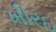
ખીરઇ